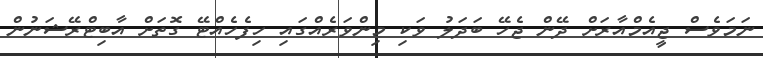
ނަމަވެސް ޖީއެމްއާރަށް ދޭން ޖެހޭ ބަދަލު ވަކި މިންވަރެއްގައި ހިފެހެއްޓޭ ގޮތަށް އާބިޓްރޭޝަނުން